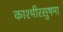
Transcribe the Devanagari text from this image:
काश्मीरसुषमा